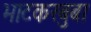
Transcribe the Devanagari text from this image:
भाटकरबुबा